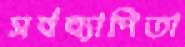
সর্বব্যাপিতা